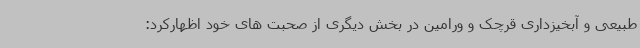
طبیعی و آبخیزداری قرچک و ورامین در بخش دیگری از صحبت های خود اظهارکرد: